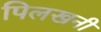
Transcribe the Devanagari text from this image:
पिलखनी